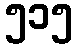
၅၁၅